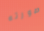
صورته